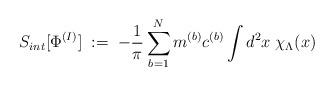
LaTeX: \begin{align*}S_{int} [ \Phi^{(I)} ] \; := \; - \frac{1}{\pi} \sum_{b=1}^N m^{(b)} c^{(b)} \int d^2 x \; \chi_\Lambda(x)\end{align*}